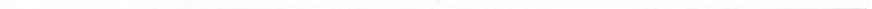
___